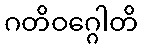
ဂတိဝဂ္ဂေါတိ